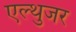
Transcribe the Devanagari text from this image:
एल्थुजर